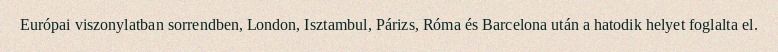
Európai viszonylatban sorrendben, London, Isztambul, Párizs, Róma és Barcelona után a hatodik helyet foglalta el.